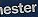
ester